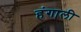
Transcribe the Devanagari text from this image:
हंगाली